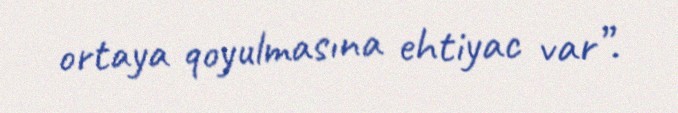
ortaya qoyulmasına ehtiyac var”.